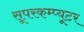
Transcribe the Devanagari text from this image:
सूपरकम्प्यूटर